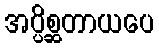
အပ္ပိစ္ဆတာယပေ